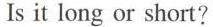
Is it long or short?